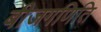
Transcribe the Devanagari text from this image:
बीजगणिति